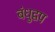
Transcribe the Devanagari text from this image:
बंधुद्वप